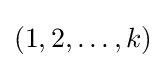
(1,2,\dots ,k)